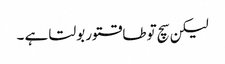
لیکن سچ توطاقتور بولتا ہے ۔